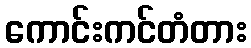
ကောင်းကင်တံတား